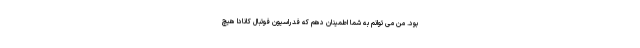
بود. من می توانم به شما اطمینان دهم که فدراسیون فوتبال کانادا هیچ